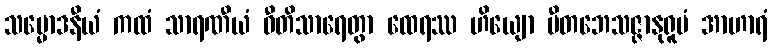
သမ္မောဒနီယံ ကထံ သာရဏီယံ ဝီတိသာရေတွာ ထေရဿ ဟိယျော ပီတဘေသဇ္ဇာနုရူပံ အာဟာရံ